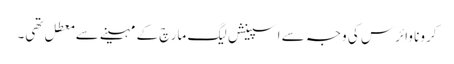
کرونا وائرس کی وجہ سے اسپینش لیگ مارچ کے مہینے سے معطل تھی۔